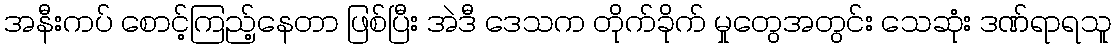
အနီးကပ် စောင့်ကြည့်နေတာ ဖြစ်ပြီး အဲဒီ ဒေသက တိုက်ခိုက် မှုတွေအတွင်း သေဆုံး ဒဏ်ရာရသူ